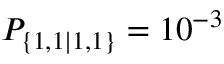
P _ { \{ 1 , 1 | 1 , 1 \} } = 1 0 ^ { - 3 }